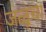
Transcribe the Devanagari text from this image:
जळूचा